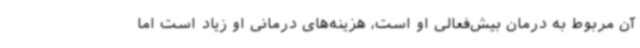
آن مربوط به درمان بیش‌فعالی او است، هزینه‌های درمانی او زیاد است اما